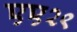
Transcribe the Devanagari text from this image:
एए२९